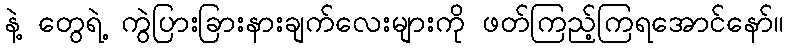
နဲ့ တွေရဲ့ ကွဲပြားခြားနားချက်လေးများကို ဖတ်ကြည့်ကြရအောင်နော်။